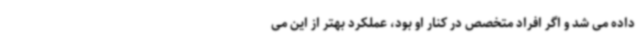
داده می شد و اگر افراد متخصص در کنار او بود، عملکرد بهتر از این می